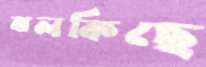
ঝলকিছে